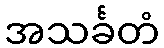
အသင်္ခတံ